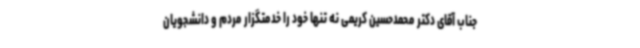
جناب آقای دکتر محمدحسین کریمی نه تنها خود را خدمتگزار مردم و دانشجویان